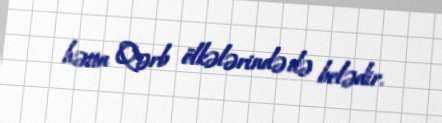
hətta Qərb ölkələrində də belədir.